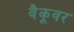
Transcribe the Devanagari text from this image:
वैकूवर